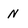
Character: N